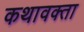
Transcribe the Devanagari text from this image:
कथावक्ता